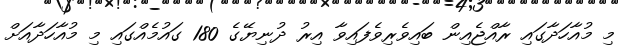
މި މުއާހަދާގައި ރާއްޖެއިން ބައިވެރިވެފައިވާ އިރު ދުނިޔޭގެ 180 ގައުމެއްގައި މި މުއާހަދާއަށް